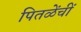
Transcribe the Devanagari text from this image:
पितळेंचीं